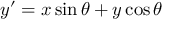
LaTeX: y ^ { \prime } = x \sin \theta + y \cos \theta